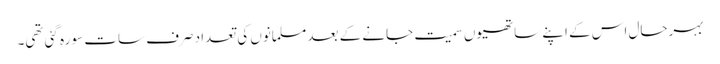
بہرحال اس کے اپنے ساتھیوں سمیت جانے کے بعد مسلمانوں کی تعداد صرف سات سو رہ گئی تھی۔